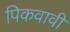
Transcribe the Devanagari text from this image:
पिकवावी